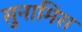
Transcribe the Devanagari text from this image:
सुनामिस